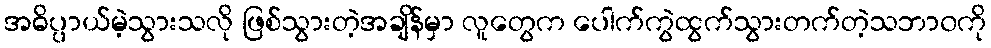
အဓိပ္ပာယ်မဲ့သွားသလို ဖြစ်သွားတဲ့အချိန်မှာ လူတွေက ပေါက်ကွဲထွက်သွားတက်တဲ့သဘာ၀ကို